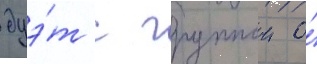
дуэ́т с группои о́